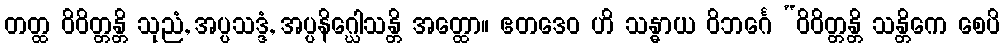
တတ္ထ ဝိဝိတ္တန္တိ သုညံ, အပ္ပသဒ္ဒံ, အပ္ပနိဂ္ဃေါသန္တိ အတ္ထော။ ဧတဒေဝ ဟိ သန္ဓာယ ဝိဘင်္ဂေ “ဝိဝိတ္တန္တိ သန္တိကေ စေပိ